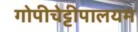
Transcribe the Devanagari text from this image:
गोपीचेट्टीपालयम